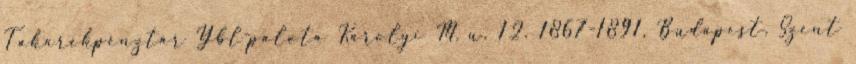
Takarékpénztár Ybl-palota Károlyi M. u. 12. 1867-1891, Budapest, Szent